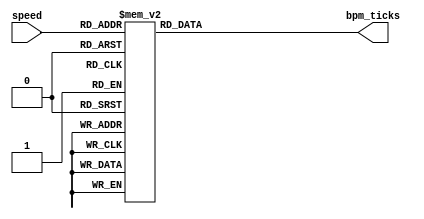
module speed_generator(
    input wire [3:0] speed,
    output reg [25:0] bpm_ticks
);
parameter FREQ = 24000000;

// MHz / bpm * (60 seconds in minute) / 2 clocks per decrement
always @(*) begin
    case (speed)
        4'd0: bpm_ticks = FREQ / 40 * 60 ;
        4'd1: bpm_ticks = FREQ / 60 * 60 ;
        4'd2: bpm_ticks = FREQ / 72 * 60 ;
        4'd3: bpm_ticks = FREQ / 80 * 60 ;
        4'd4: bpm_ticks = FREQ / 88 * 60 ;
        4'd5: bpm_ticks = FREQ / 96 * 60 ;
        4'd6: bpm_ticks = FREQ / 104 * 60 ;
        4'd7: bpm_ticks = FREQ / 112 * 60 ;
        4'd8: bpm_ticks = FREQ / 120 * 60 ;
        4'd9: bpm_ticks = FREQ / 132 * 60 ;
        4'd10: bpm_ticks = FREQ / 144 * 60 ;
        4'd11: bpm_ticks = FREQ / 152 * 60 ;
        4'd12: bpm_ticks = FREQ / 160 * 60 ;
        4'd13: bpm_ticks = FREQ / 176 * 60 ;
        4'd14: bpm_ticks = FREQ / 192 * 60 ;
        4'd15: bpm_ticks = FREQ / 208 * 60 ;

    endcase
end

endmodule